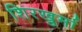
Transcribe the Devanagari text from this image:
शिरखुर्मा